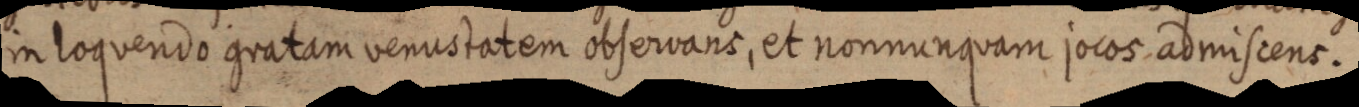
in loquendo gratam venustatem observans, et nonnunquam jocos admiscens.